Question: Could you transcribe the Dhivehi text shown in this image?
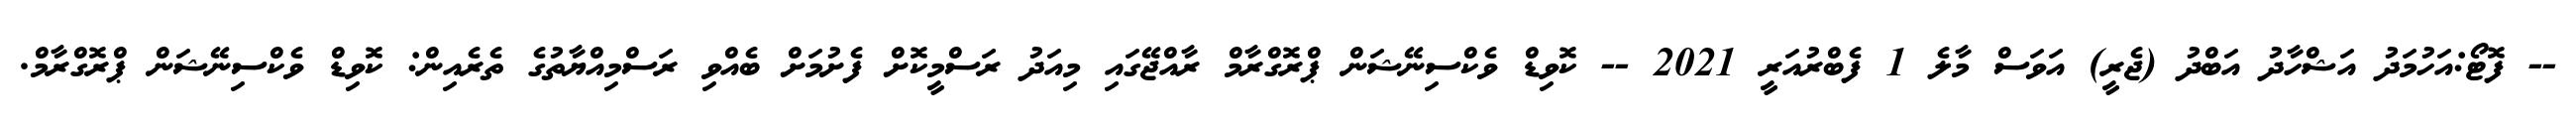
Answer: -- ފޮޓޯ:އަހުމަދު އަޝްހާދު އަބްދު (ޖެރީ) އަވަސް މާލެ 1 ފެބްރުއަރީ 2021 -- ކޮވިޑް ވެކްސިނޭޝަން ޕްރޮގްރާމް ރާއްޖޭގައި މިއަދު ރަސްމީކޮށް ފެށުމަށް ބެއްވި ރަސްމިއްޔާތުގެ ތެރެއިން: ކޮވިޑް ވެކްސިނޭޝަން ޕްރޮގްރާމް.